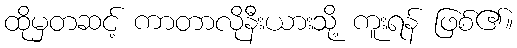
ထိုမှတဆင့် ကာတာလိုနီးယားသို့ ကူးရန် ဖြစ်၏။